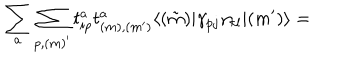
LaTeX: \sum _ { a } \sum _ { p , ( m ) ^ { \prime } } t _ { i p } ^ { a } t _ { ( m ) , ( m ^ { \prime } ) } ^ { a } \langle ( \tilde { m } ) | \gamma _ { p j } \gamma _ { k l } | ( m ^ { \prime } ) \rangle =